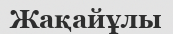
Жақайұлы